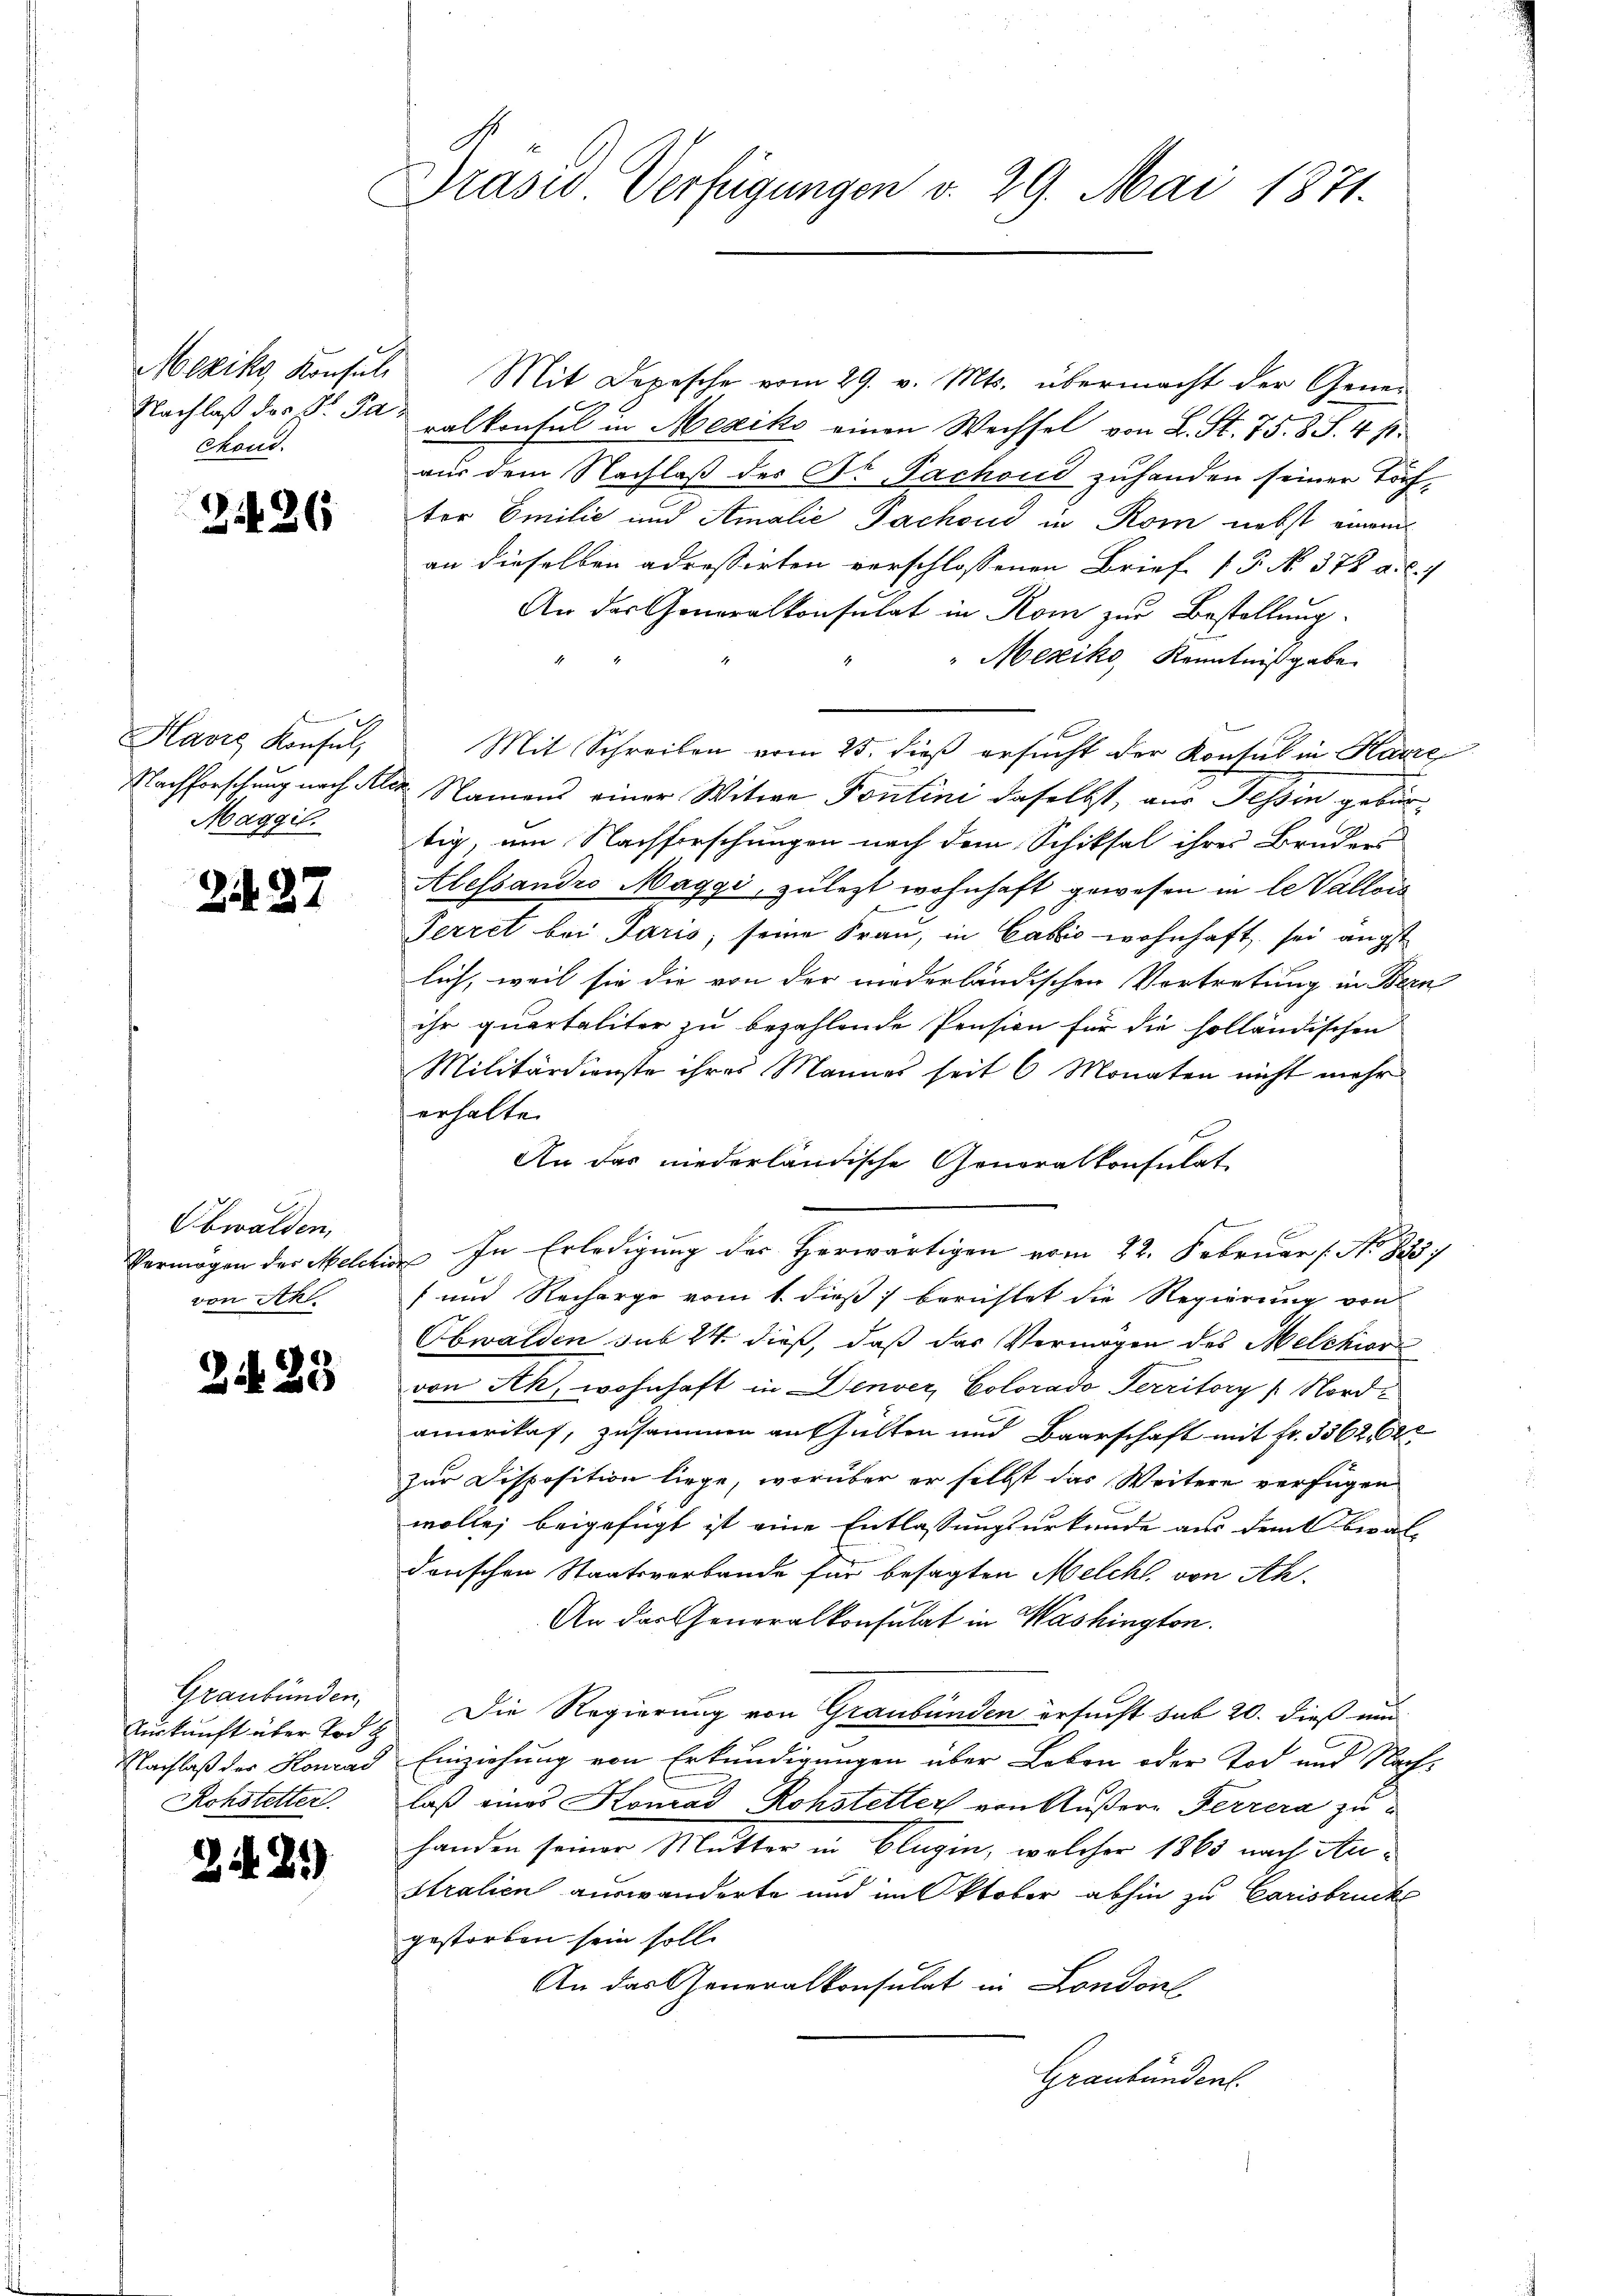
Mond.

24 26

Havis Konsul,
Maggil

2427

Obwalden,
von Schl.

2. 29

Graubünden,
Rohstetter

Zif. 2)

Präses Verfügungen v. 29. Mai 1871.

Meziks Konsuls Mit Depesche vom 29. v. Mts. übermacht der Gener
Nachlaß des S. Paralkonsul in Mexiks einen Wechsel von L. St. 75. 8 S. 4 s.
aus dem Nachlaß der Dr. Fachoud zuhanden seiner Töchter Emilie und Amalie Jachoud in Rom nebst einem
an dieselben adressirten verschlossenen Brief 13. No. 378 a. c. f
An der Generalkonsulat in Rom zur Bestellung
"Mexiko Kenntnißgabe
Mit Schreiben vom 25. dieß ersucht der Konsul in Karre
Nachforschung nach Alee Namens einer Witwe Pontini daselbst, aus Tessin gebürtig, um Nachforschungen nach dem Schiksal ihrer Bruder
Alessandro Maggi, zulezt wohnhaft gewesen in le Vallois
Perret bei Paris, seine Frau, in Cabić wohnhaft, sei ängst
lich, weil sie die von der niederländischen Vortretung in Bern
ihr quartaliter zu bezahlende Pension für die holländischen
Militärdienste ihres Mannes seit 6 Monaten nicht mehr
erhalten
An das niederländische Generalkonsulat
b
Vermögen des Melchio In Erledigung der Herwärtigen vom 22. Februar [No 823
 und Recharge vom 1. dieß) berichtet die Regierung von
Obwalden sub 24. dieß, daß das Vermögen des Melchior
von Ak, wohnhaft in Denver, Colorado Territory / Nordamerikas, zusammen aufhielten und Baarschaft mit Fr. 3362, 62
zur Disposition liege, worüber er selbst das Weitere verfügen
wolle, beigefügt ist eine Entlassungsurkunde aus dem beral-
denschen Staatsverbande für besagten Melchl, von Ak¬
An das Generalkonsulat in Washington.
urkunft über Tod. Die Regierung von Graubünden ersucht sub 20. dieß und
Nachlaß der Konrad Einziehung von Erkundigungen über Leben oder Tod und Nachlaß eines Komad Rohstetter von Äußere Ferrera zuhanden seiner Mutter in Blugin, welcher 1863 nach An¬
Stralien auswanderte und im Oktober abhin zu Carisbrucke
gestorben sein soll.
An das Generalkonsulat in London
Graubünden.